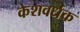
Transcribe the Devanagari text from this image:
केशवर्धक